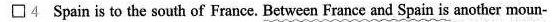
\Box 4 Spain is to the south of France. Between France and Spain is another moun-